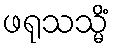
ဖရုသသ္မိံ